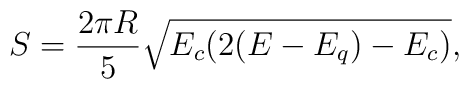
S=\frac{2\pi R}{5} \sqrt{E_c(2(E-E_q)-E_c)},